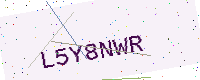
Text: L5Y8NWR